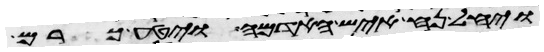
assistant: ויחל נח איש האדמה ויטע כרם